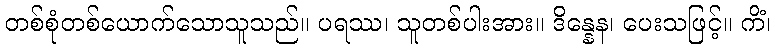
တစ်စုံတစ်ယောက်သောသူသည်။ ပရဿ၊ သူတစ်ပါးအား။ ဒိန္နေန၊ ပေးသဖြင့်။ ကိံ၊